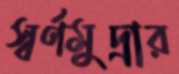
স্বর্ণমুদ্রার